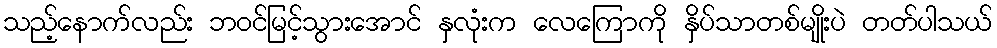
သည့်နောက်လည်း ဘဝင်မြင့်သွားအောင် နှလုံးက လေကြောကို နှိပ်သာတစ်မျိုးပဲ တတ်ပါသယ်